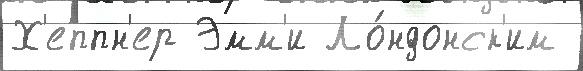
Х'еппн'ер Эмм'и Ло́ндонск'им